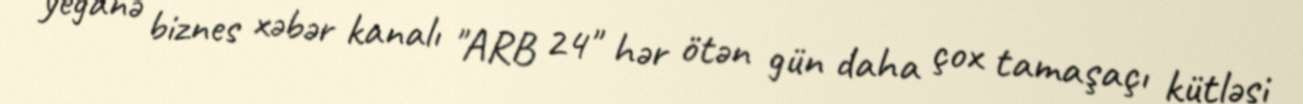
yeganə biznes xəbər kanalı "ARB 24" hər ötən gün daha çox tamaşaçı kütləsi